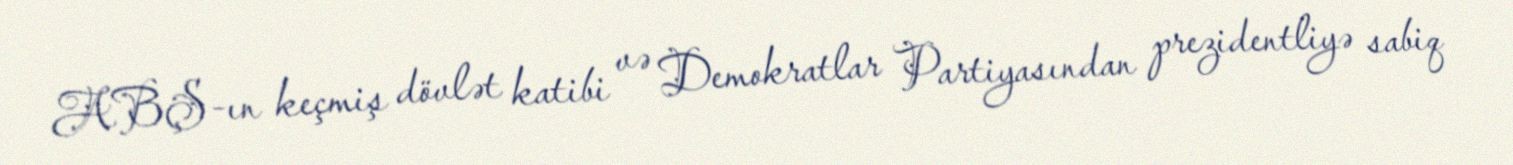
ABŞ-ın keçmiş dövlət katibi və Demokratlar Partiyasından prezidentliyə sabiq